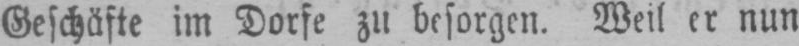
Geschäfte im Dorfe zu besorgen. Weil er nun